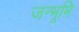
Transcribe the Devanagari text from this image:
जन्भूमि